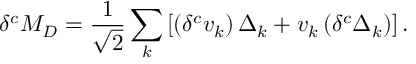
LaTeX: \delta ^ { c } M _ { D } = \frac { 1 } { \sqrt { 2 } } \sum _ { k } \left[ \left( \delta ^ { c } v _ { k } \right) \Delta _ { k } + v _ { k } \left( \delta ^ { c } \Delta _ { k } \right) \right] .